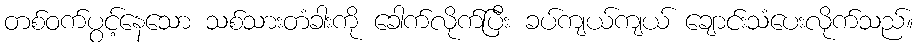
တစ်ဝက်ပွင့်နေသော သစ်သားတံခါးကို ခေါက်လိုက်ပြီး ခပ်ကျယ်ကျယ် ချောင်းသံပေးလိုက်သည်။